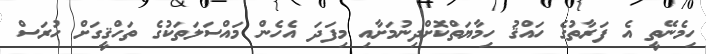
ހިމެނޭތީ އެ ފަރާތުގެ ހައްޤު ހިމާޔަތްކޮށްދިނުމަށާއި މިފަދަ އެހެން މައްސަލަތަކުގެ ތަހްޤީގަށް ހުރަސް